Madras plague regulations and rules - Volume 2
Disease focus: Plague
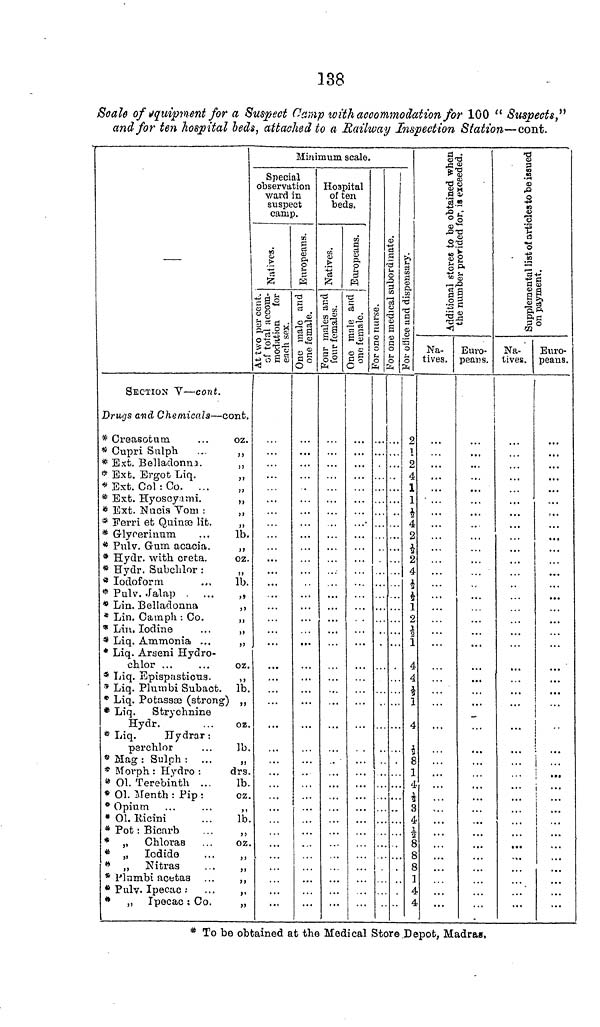
138
Scale of equipment for a Suspect Camp with accommodation for 100 "Suspects,"
and for ten hospital beds, attached to a Railway Inspection Station—cont.
SECTION V—cont.
Drugs and Chemicals—cont.
* Creasotum
...
oz.
* Cupri Sulph ..
,,
* Ext. Belladonna.
„
* Ext. Ergot Liq.
,,
* Ext. Col : Co
,
* Ext. Hyoscyami.
,,
* Ext. Nucis Vom :
,,
* Ferri et Quinæ lit.
,,
* Glycerinum
...
lb.
* Pulv. Gum acacia.
,,
* Hydr. with creta.
oz.
* Hydr. Subclilor :
,,
*
Iodoform
...
lb.
* Pulv. Jalap
...
,,
* Lin. Belladonna
,,
* Lin. Camph : Co.
,,
* Lin. Iodine
...
,,
* Liq. Ammonia ...
,,
* Liq. Arseni Hydro-
chlor ...
...
oz.
* Liq. Epispasticus. ,,
* Liq. Plumbi Subact. lb.
* Liq. Potassæ (strong) „
* Liq. Strychnine
Hydr.
...
oz.
* Liq.
Hydrar :
perchlor
...
lb.
* Mag : Sulph : ...
„
* Morph : Hydro :
drs.
* Ol. Terebinth ...
lb.
* Ol. Menth : Pip :
cz.
* Opium ...
...
,,
* Ol. Ricini ...
lb.
* Pot: Bicarb
...
,,
* „ Chloras ...
oz.
* „ Iodide
...
,,
* „ Nitras
. .
„
* Plambi acetas ...
,,
* Pulv. Ipecac: ...
„
* ,, Ipecac : Co.
„
Minimum scale.
Special
observation
ward in
suspect
camp.
Natives.
At two per cent.
of total accom-
modation for
each sex. One male and
one female.
Hospital
of ten
beds.
Four males and
four females.
One male and
one females. For one nurse.
For one medical subordinate.
For office and dispensary.
2
1
2
4
1
1
½
4
2
4
2
4
½
4
1
2
*
1
4
4
4
1
4
½
8
1
4
½
3
4
½
8
8
8
1
4
4
Additional stores to be obtaine
Na-
tives.
the number provided for, is exceed
Euro-
peans.
Supplementalist of
Na-
tives.
on payment.
Euro-
peans.
...
...
* To bo obtained at the Medical Store Depot, Madras,